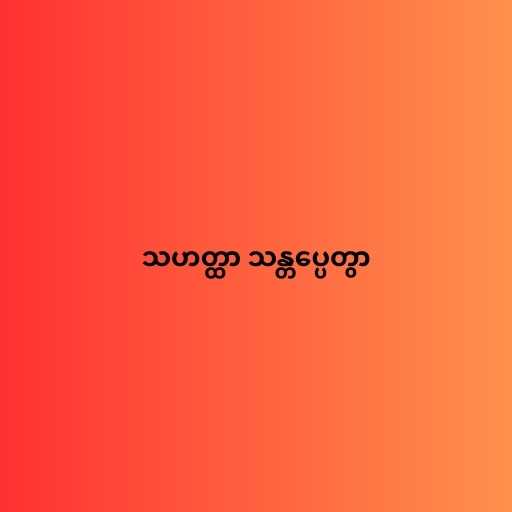
သဟတ္ထာ သန္တပ္ပေတွာ